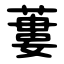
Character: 蔞